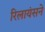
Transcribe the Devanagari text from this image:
रिलायंसने